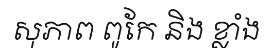
សុភាព ពូកែ និង ខ្លាំង